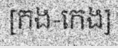
[កង-កេង]